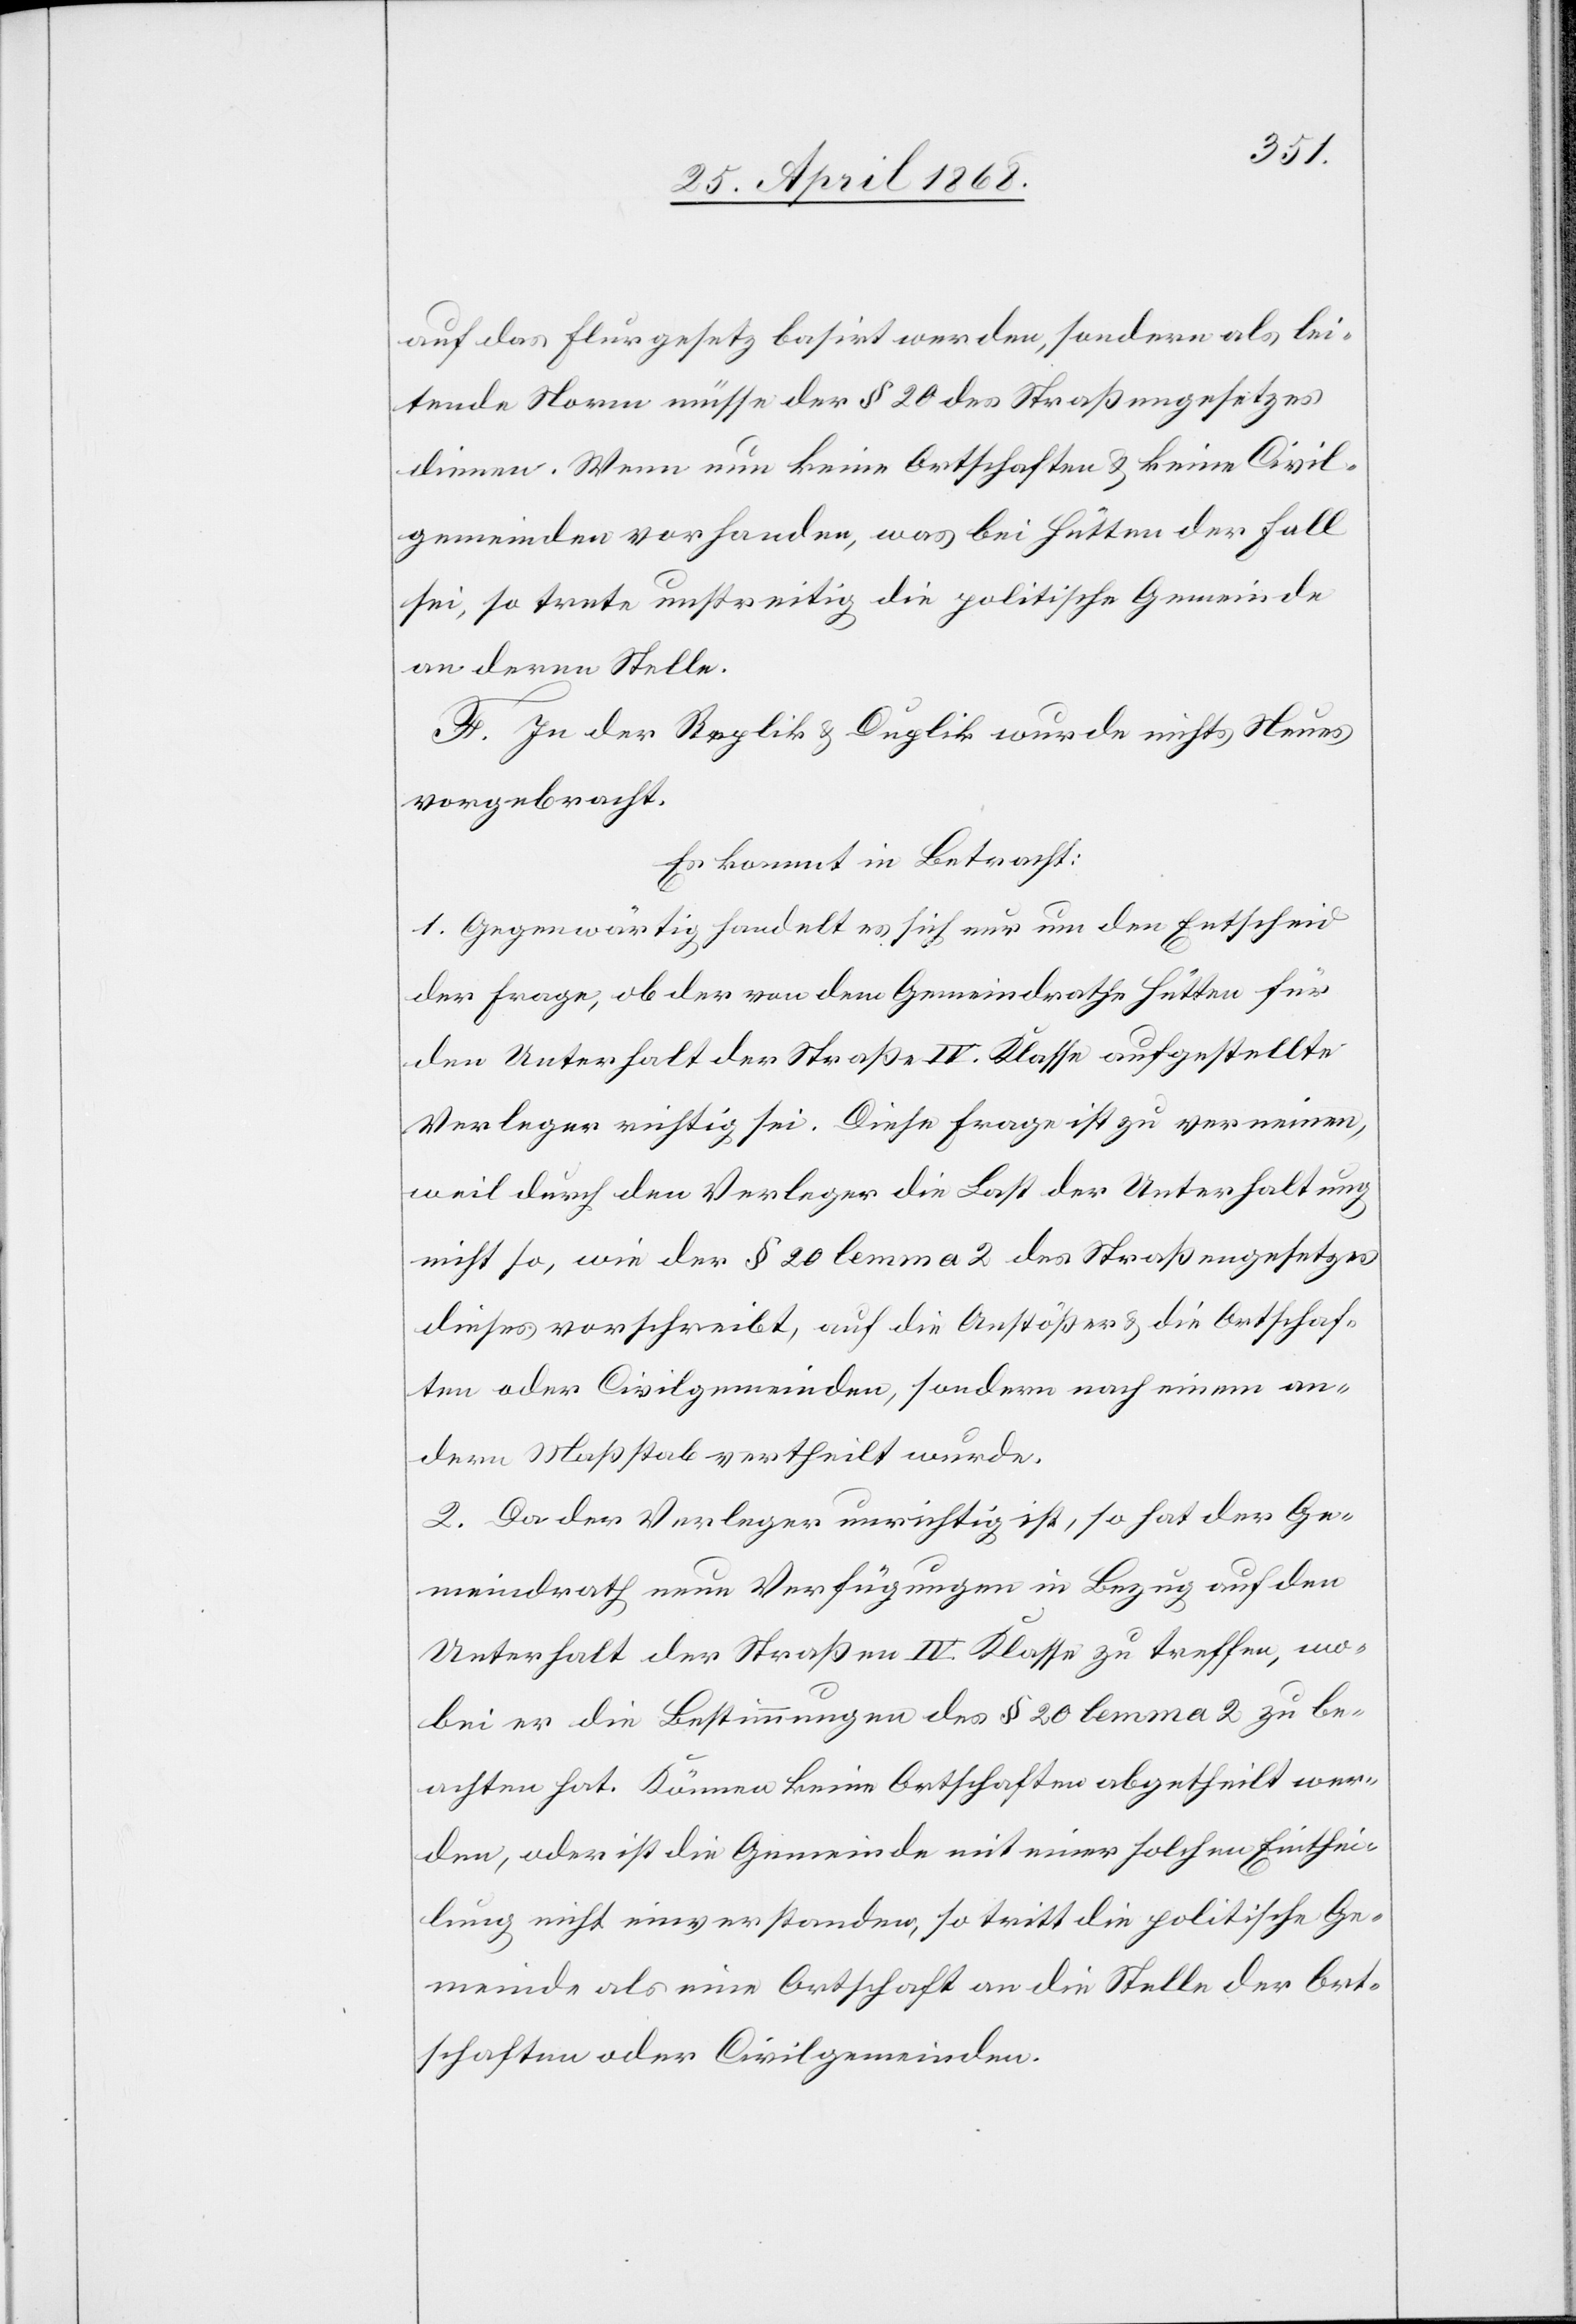
auf das Flurgesetz basirt werden, sondern als lei¬
tende Norm müsse der § 20 des Straßengesetzes
dienen. Wenn nun keine Ortschaften & keine Civil¬
gemeinden vorhanden, was bei Hütten der Fall
sei, so trete unstreitig die politische Gemeinde
an deren Stelle.
F. In der Replik & Duplik wurde nichts Neues
vorgebracht.
Es kommt in Betracht:
1. Gegenwärtig handelt es sich nur um den Entscheid
der Frage, ob der von dem Gemeindrathe Hütten für
den Unterhalt der Straße IV. Klasse aufgestellte
Verleger richtig sei. Diese Frage ist zu verneinen,
weil durch den Verleger die Last der Unterhaltung
nicht so, wie der § 20 lemma 2 des Straßengesetzes
dieses vorschreibt, auf die Anstößer & die Ortschaf¬
ten oder Civilgemeinden, sondern nach einem an¬
dern Maßstab vertheilt wurde.
2. Da der Verleger unrichtig ist, so hat der Ge¬
meindrath neue Verfügungen in Bezug auf den
Unterhalt der Straßen IV. Klasse zu treffen, wo¬
bei er die Bestimmungen des § 20 lemma 2 zu be¬
achten hat. Können keine Ortschaften abgetheilt wer¬
den, oder ist die Gemeinde mit einer solchen Einthei¬
lung nicht einverstanden, so tritt die politische Ge¬
meinde als eine Ortschaft an die Stelle der Ort¬
schaften oder Civilgemeinden.